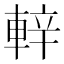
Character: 𨌍